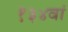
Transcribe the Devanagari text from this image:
१३४वां